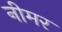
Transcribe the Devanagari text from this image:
नीमर